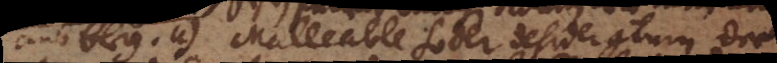
aus bley. u) Malleable Soder desideratum der